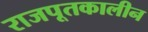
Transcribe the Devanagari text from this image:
राजपूतकालीन